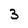
Character: 3